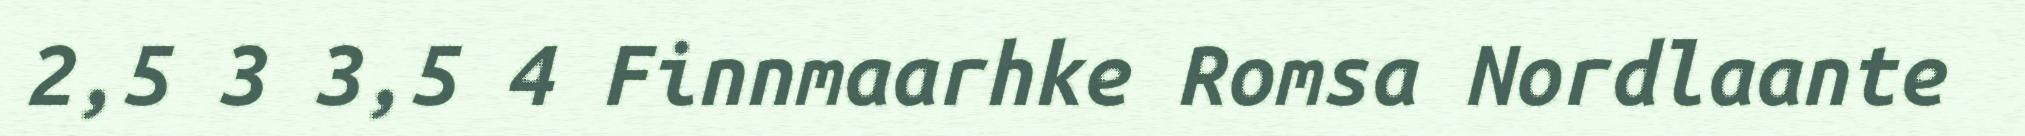
2,5 3 3,5 4 Finnmaarhke Romsa Nordlaante